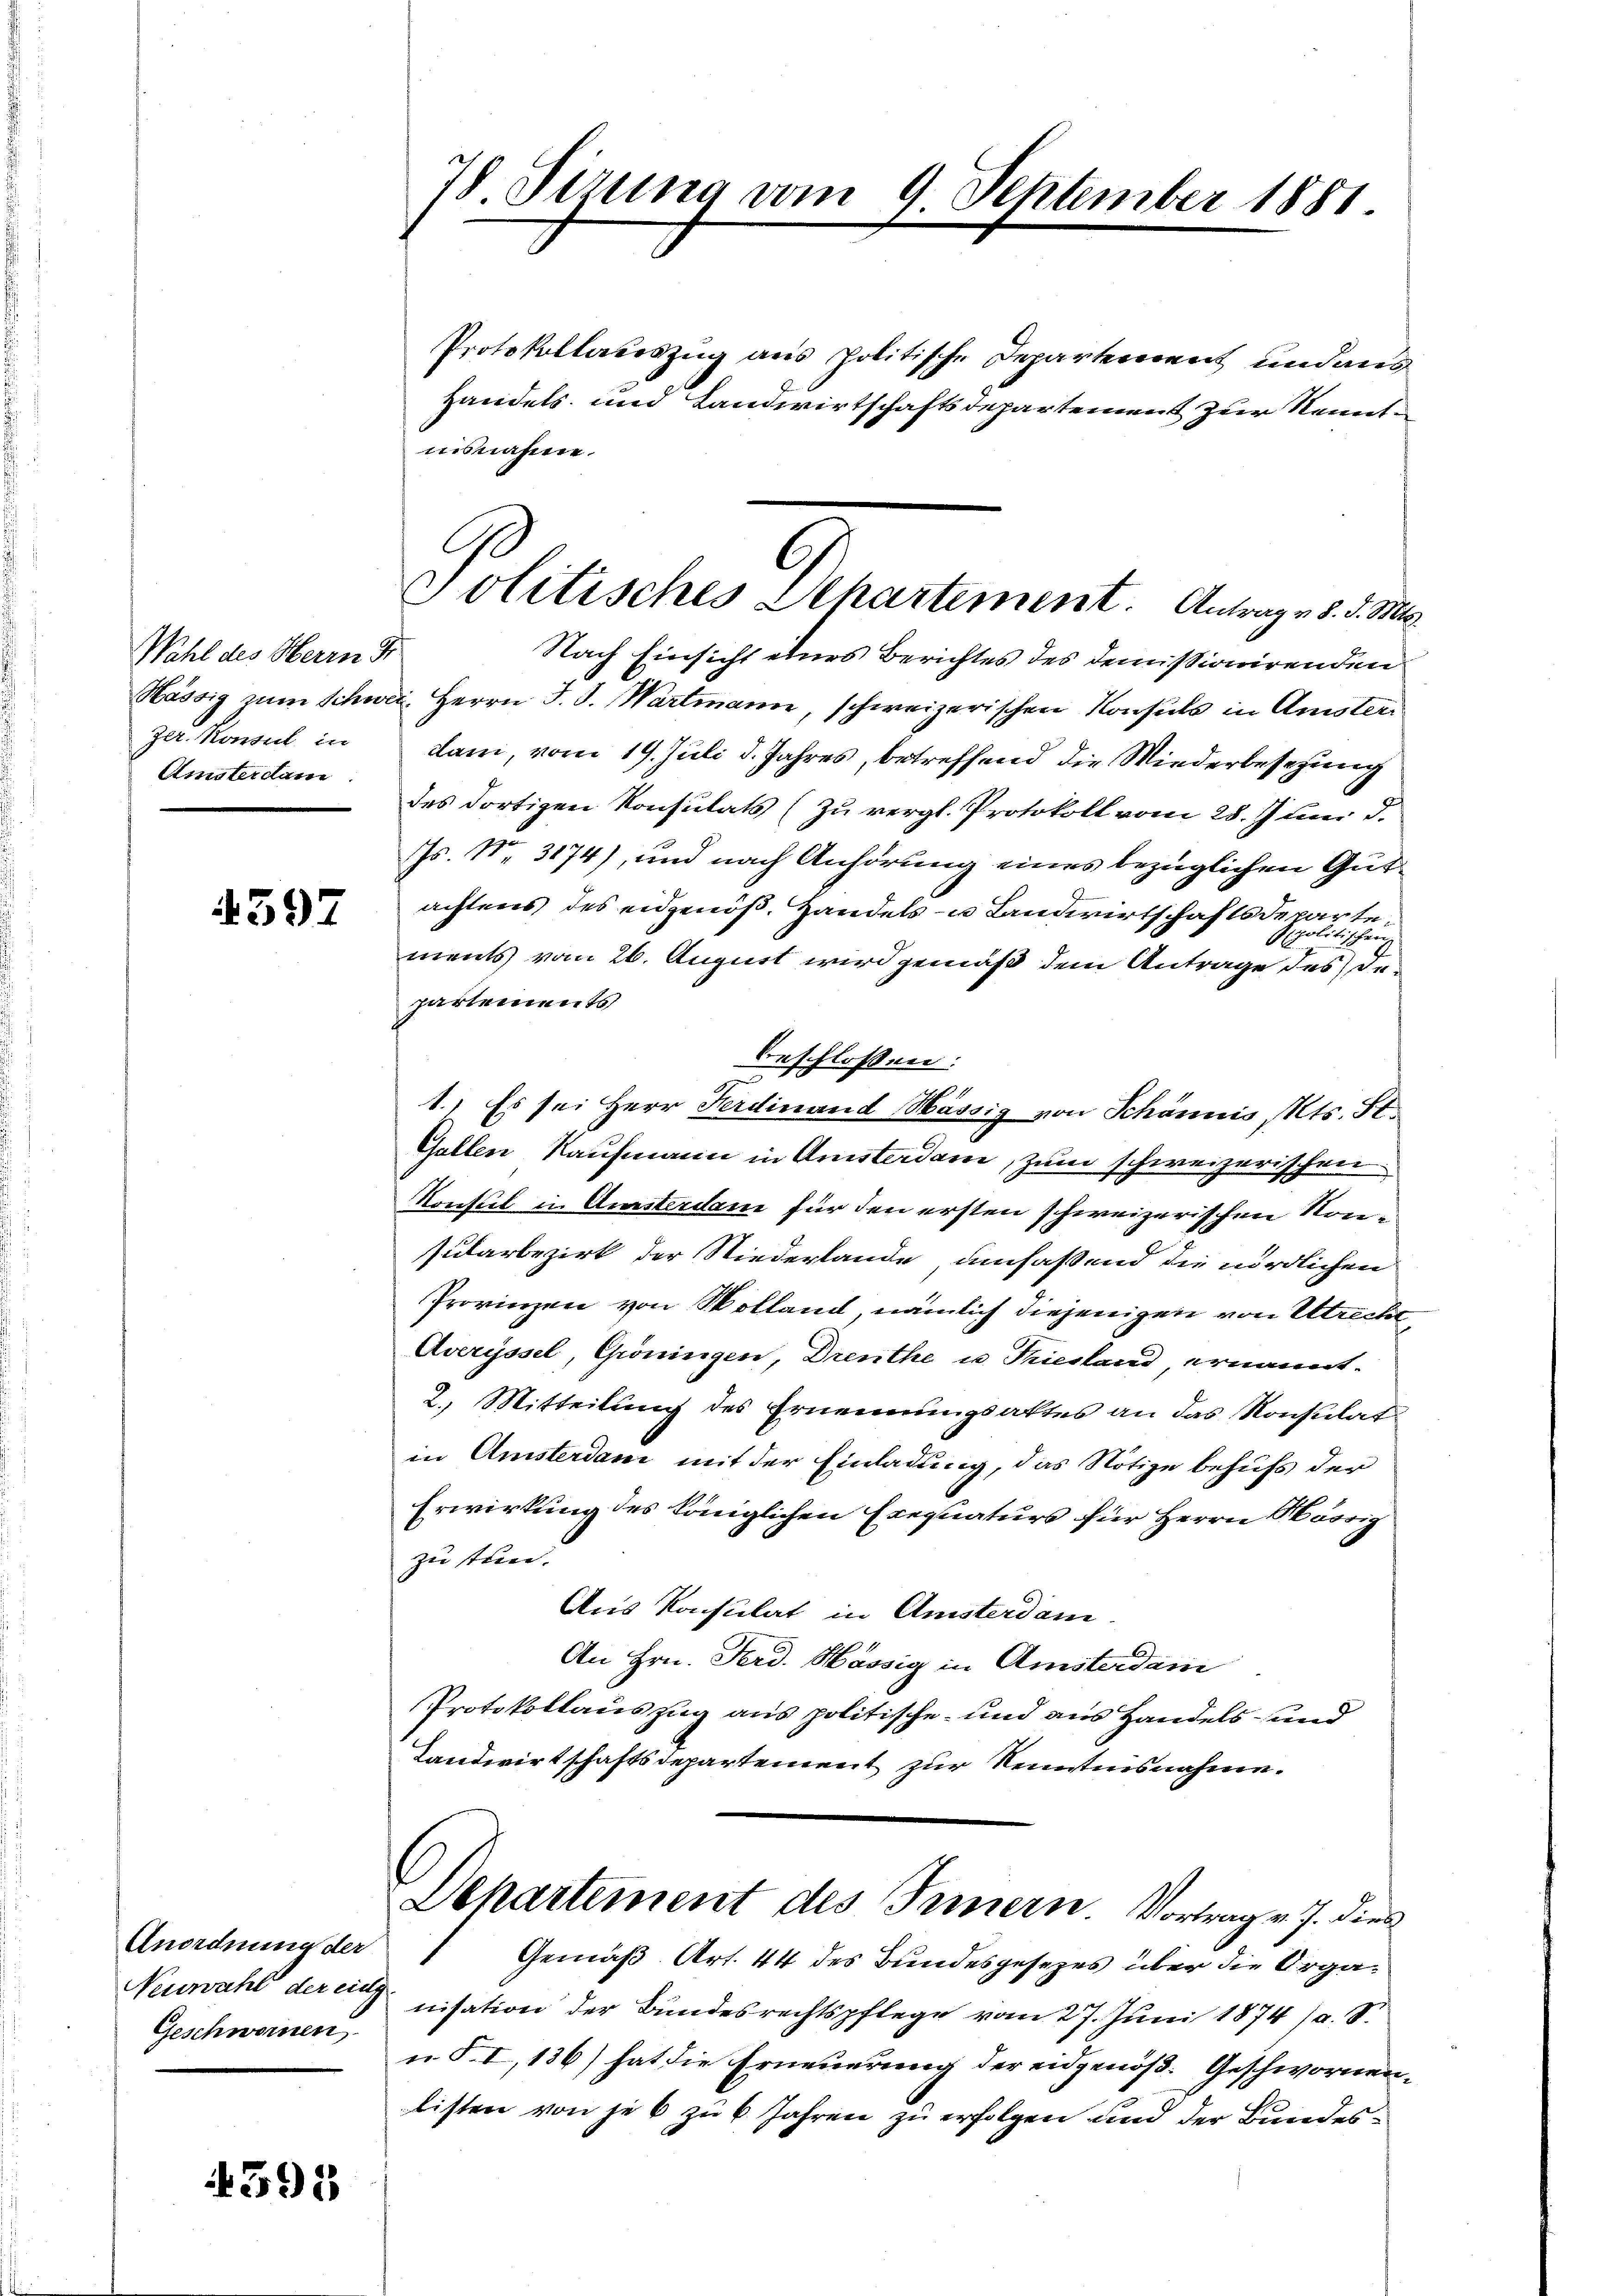
heldes Mann de
zur Konsul in
Amsterdam

4597

Anordnung der
Geschwornen

4395

78 Firung vom 9. September 1881.

Protokollauszug aus politische Departement und aus
Handels und Landwirtschaftsdepartement zur Kenntaisnahme.
Nach Einsicht eines Berichtes des demissionirenden
Hässig zum Schweiz. Herrn J. J. Wartmann, schweizerischen Konsuls in Amster
dani, vom 19. Juli d. Jahres, betreffend die Wiederbeschung
des dortigen Konsulats (Zu vergl. Protokoll vom 28. Juni d.
Js. N. 3174), und nach Anhörung eines bezüglichen Gutachtens des eidgenöß. Handels- u Landwirtschaftsdeparteanchen
A
ments vom 26. August wird gemäß dem Antrage des Bepartements
beschlossen:
1.) Es sei Herr Ferdinand Mässig von Schännis Mts. St.
Gallen Kaufmann in Amsterdam, zum schweizerischen
Konsul in Amsterdam für den ersten schweizerischen Kon¬
Pularbezirk der Niederlande, umfaßend die nördlichen
Provinzen von Solland, nämlich diejenigen von Utrecht¬
Averyssel, Gröningen, Dreuthe u. Triesland, ernannt.
2.) Mitteilung des Ernennungsaktes an das Konsulati
in Amsterdan mit der Einladung, das Nötige behufs der
Erwirkung des Königlichen Exequaturs für Herrn Hörig
zu tren.
Aus Konsulat in Ansterdam
An Hrn. Ferd. Hassig in Amsterdam
Protokollauszug aus politische- und aus Handels- und
Landwirtschaftsdepartement zur Kenntnisnahme.

l
Politisches Apartement. Antrag v. 8. d. Mts.

Departement des Innern. Vortrag v. 7. dies

Gemäß Art. 44 des Bundesgesezes über die Orga¬
Neuwahl der anisation der Bundesrechtspflege vom 27. Juni 1874 /a. S.
u. S. I, 136) hat die Erneuerung der eidgenöß- Geschwornenlisten von je 6 zu 6 Jahren zu erfolgen und der Bundes¬